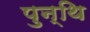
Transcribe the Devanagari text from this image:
पुन्थि